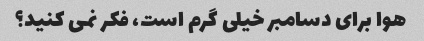
هوا برای دسامبر خیلی گرم است، فکر نمی کنید؟